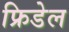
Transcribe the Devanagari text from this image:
फ्रिडेल